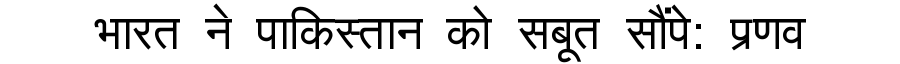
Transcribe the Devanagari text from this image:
भारत ने पाकिस्तान को सबूत सौंपे: प्रणव